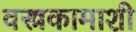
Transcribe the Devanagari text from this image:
वस्त्रकामाशी